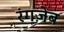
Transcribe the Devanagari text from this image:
रंगज़ेब